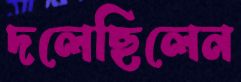
দলেছিলেন